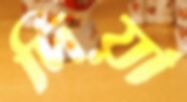
দিয়া